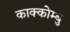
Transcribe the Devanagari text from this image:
काक्कोम्बु